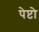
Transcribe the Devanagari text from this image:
पेप्टो